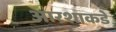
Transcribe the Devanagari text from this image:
आरशाकडे